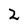
Character: 2